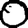
Digit: 0